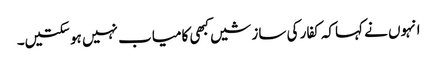
انہوں نے کہاکہ کفار کی سازشیں کبھی کامیاب نہیں ہوسکتیں۔